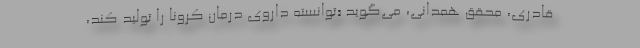
قادری، محقق همدانی، می‌گوید «توانسته داروی درمان کرونا را تولید کند،